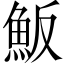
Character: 魬